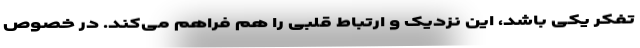
تفکر یکی باشد، این نزدیک و ارتباط قلبی را هم فراهم می‌کند. در خصوص